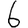
Digit: 6